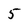
Character: 5